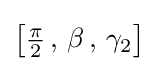
\left[{\tfrac {\pi }{2}}\,,\,\beta \,,\,\gamma _{2}\right]